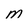
Character: M